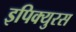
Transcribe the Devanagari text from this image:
इपिक्युरस